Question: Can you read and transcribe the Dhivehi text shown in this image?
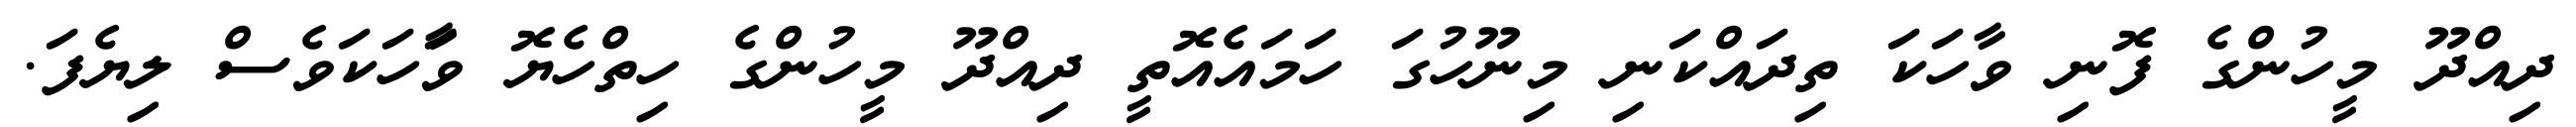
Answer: ދިއްދޫ މީހުންގެ ފޮނި ވާހަކަ ތިދައްކަނި މިނޫހުގަ ހަމައެއޮތީ ދިއްދޫ މީހުންގެ ހިތްހެޔޮ ވާަހަކަވެސް ލިޔެފަ.